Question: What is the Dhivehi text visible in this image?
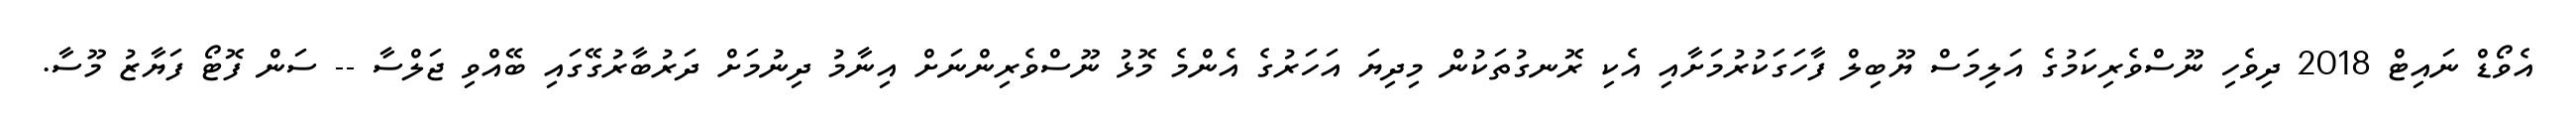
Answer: އެވޯޑް ނައިޓް 2018 ދިވެހި ނޫސްވެރިކަމުގެ އަލިމަސް ޔޫބިލް ފާހަގަކުރުމަށާއި އެކި ރޮނގުތަކުން މިދިޔަ އަހަރުގެ އެންމެ މޮޅު ނޫސްވެރިންނަށް އިނާމު ދިނުމަށް ދަރުބާރުގޭގައި ބޭއްވި ޖަލްސާ -- ސަން ފޮޓޯ ފަޔާޒު މޫސާ.